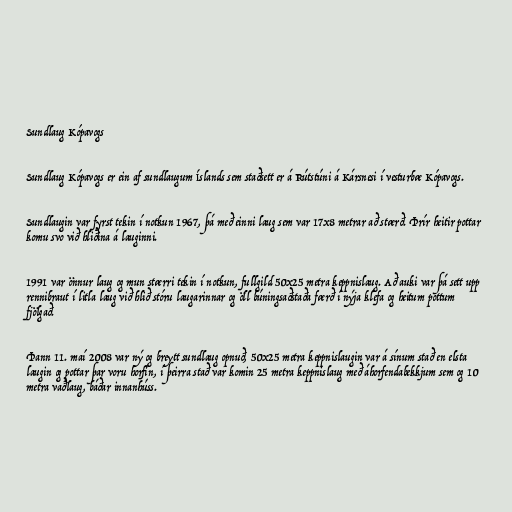
Sundlaug Kópavogs

Sundlaug Kópavogs er ein af sundlaugum Íslands sem staðsett er á Rútstúni á Kársnesi í vesturbæ Kópavogs.

Sundlaugin var fyrst tekin í notkun 1967, þá með einni laug sem var 17x8 metrar að stærð. Þrír heitir pottar
komu svo við hliðina á lauginni.

1991 var önnur laug og mun stærri tekin í notkun, fullgild 50x25 metra keppnislaug. Að auki var þá sett upp
rennibraut í litla laug við hlið stóru laugarinnar og öll búningsaðstaða færð í nýja klefa og heitum pottum
fjölgað.

Þann 11. maí 2008 var ný og breytt sundlaug opnuð, 50x25 metra keppnislaugin var á sínum stað en elsta
laugin og pottar þar voru horfin, í þeirra stað var komin 25 metra keppnislaug með áhorfendabekkjum sem og 10
metra vaðlaug, báðar innanhúss.